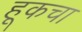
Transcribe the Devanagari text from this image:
हूकचा